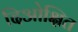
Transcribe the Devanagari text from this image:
दिओक्षित